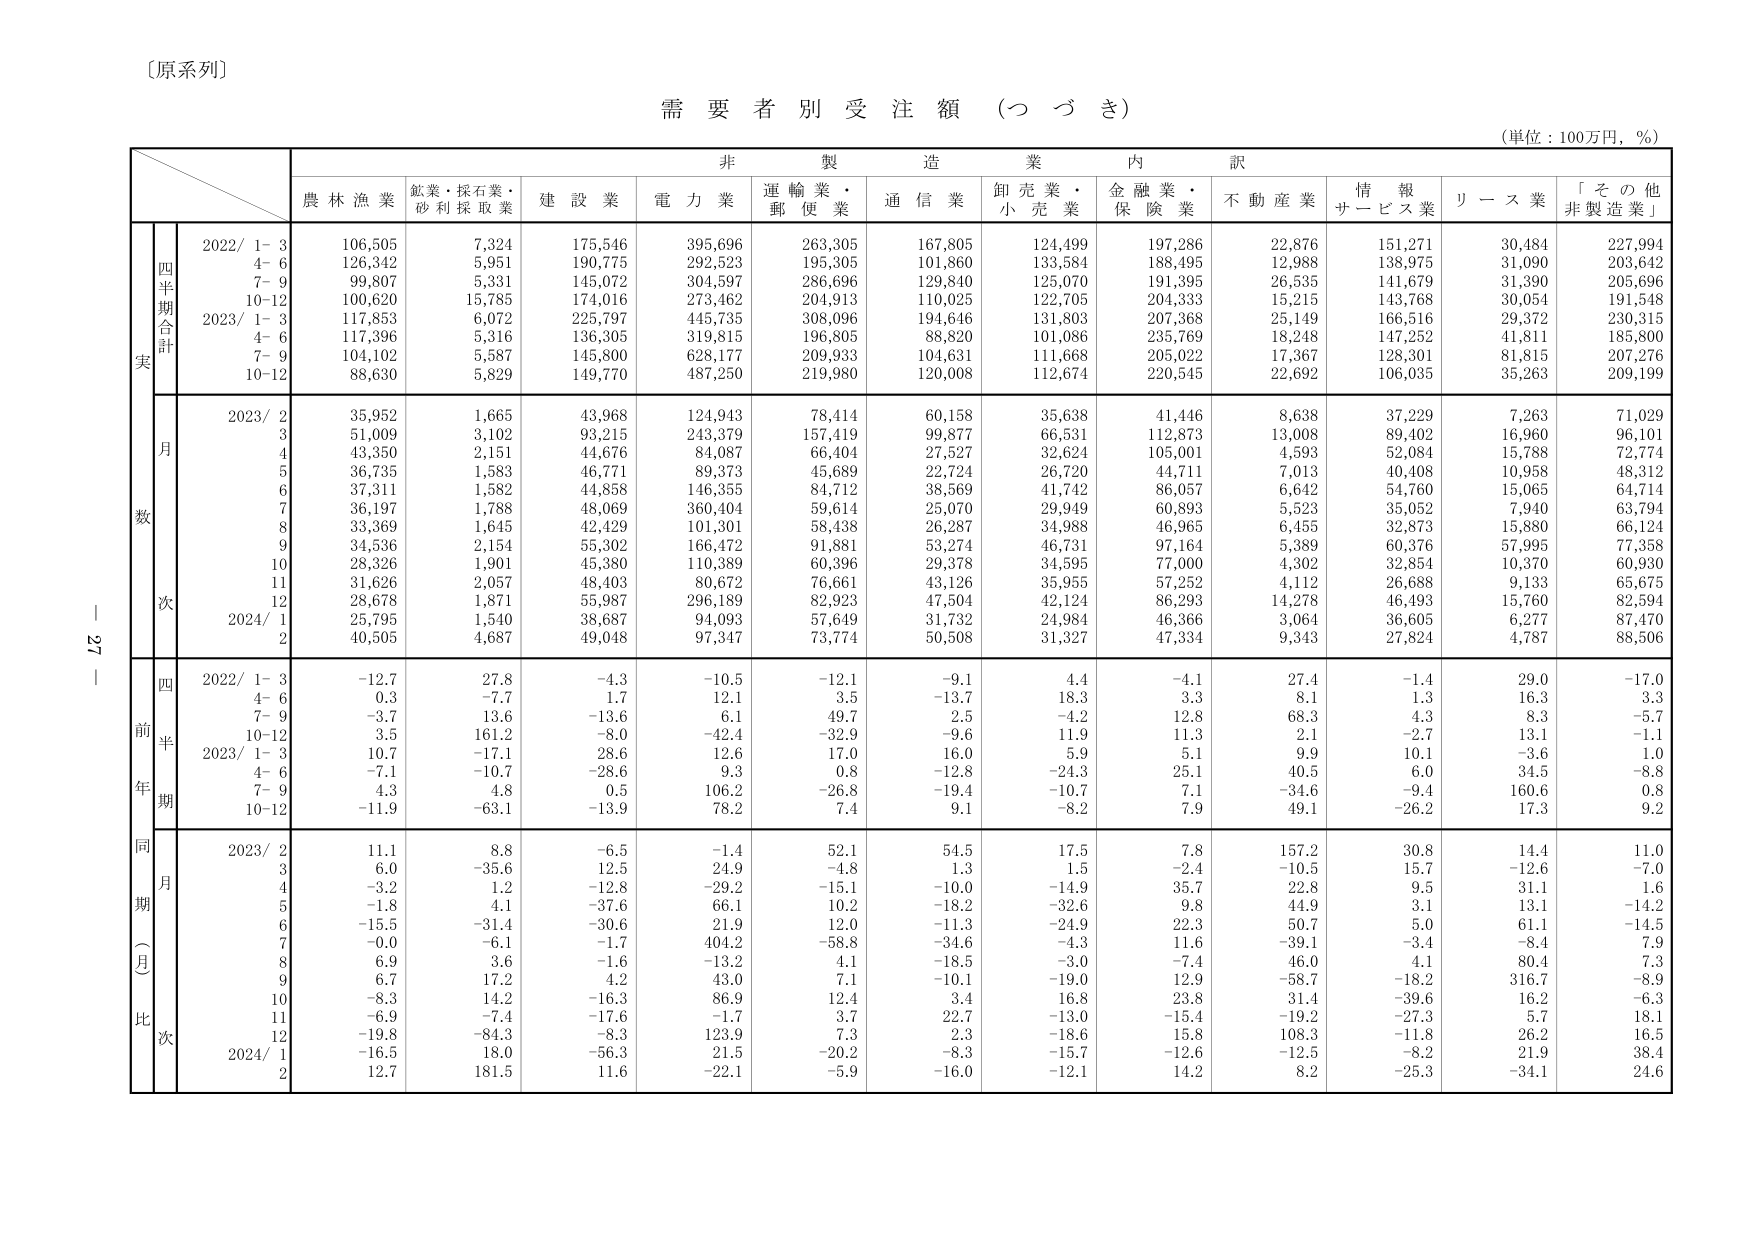
〔原系列〕

需要者別受注額（つづき）

（単位：100万円，％）

非製造業内訳

農林漁業　鉱業・採石業・砂利採取業　建設業　電力業　運輸業・郵便業　通信業　卸売業・小売業　金融業・保険業　不動産業　情報サービス業　リース業　「その他非製造業」

四半期合計
実
2022/ 1-3　106,505　7,324　175,546　395,696　263,305　167,805　124,499　197,286　22,876　151,271　30,484　227,994
　　　4-6　126,342　5,951　190,775　292,523　195,305　101,860　133,584　188,495　12,988　138,975　31,090　203,642
　　　7-9　99,807　5,331　145,072　304,597　286,696　129,840　125,070　191,395　26,535　141,679　31,390　205,696
　　　10-12　100,620　15,785　174,016　273,462　204,913　110,025　122,705　204,333　15,215　143,768　30,054　191,548
2023/ 1-3　117,853　6,072　225,797　445,735　308,096　194,646　131,803　207,368　25,149　166,516　29,372　230,315
　　　4-6　117,396　5,316　136,305　319,815　196,805　88,820　101,086　235,769　18,248　147,252　41,811　185,800
　　　7-9　104,102　5,587　145,800　628,177　209,933　104,631　111,668　205,022　17,367　128,301　81,815　207,276
　　　10-12　88,630　5,829　149,770　487,250　219,980　120,008　112,674　220,545　22,692　106,035　35,263　209,199

月数
2023/ 2　35,952　1,665　43,968　124,943　78,414　60,158　35,638　41,446　8,638　37,229　7,263　71,029
　　　3　51,009　3,102　93,215　243,379　157,419　99,877　66,531　112,873　13,008　89,402　16,960　96,101
　　　4　43,350　2,151　44,676　84,087　66,404　27,527　32,624　105,001　4,593　52,084　15,788　72,774
　　　5　36,735　1,583　46,771　89,373　45,689　22,724　26,720　44,711　7,013　40,408　10,958　48,312
　　　6　37,311　1,582　44,858　146,355　84,712　38,569　41,742　86,057　6,642　54,760　15,065　64,714
　　　7　36,197　1,788　48,069　360,404　59,614　25,070　29,949　60,893　5,523　35,052　7,940　63,794
　　　8　33,369　1,645　42,429　101,301　58,438　26,287　34,988　46,965　6,455　32,873　15,880　66,124
　　　9　34,536　2,154　55,302　166,472　91,881　53,274　46,731　97,164　5,389　60,376　57,995　77,358
　　　10　28,326　1,901　45,380　110,389　60,396　29,378　34,595　77,000　4,302　32,854　10,370　60,930
　　　11　31,626　2,057　48,403　80,672　76,661　43,126　35,955　57,252　4,112　26,688　9,133　65,675
　　　12　28,678　1,871　55,987　296,189　82,923　47,504　42,124　86,293　14,278　46,493　15,760　82,594
2024/ 1　25,795　1,540　38,687　94,093　57,649　31,732　24,984　46,366　3,064　36,605　6,277　87,470
　　　2　40,505　4,687　49,048　97,347　73,774　50,508　31,327　47,334　9,343　27,824　4,787　88,506

四半期
前年比
2022/ 1-3　-12.7　27.8　-4.3　-10.5　-12.1　-9.1　4.4　-4.1　27.4　-1.4　29.0　-17.0
　　　4-6　-0.3　-7.7　1.7　12.1　3.5　-13.7　18.3　3.3　8.1　1.3　16.3　3.3
　　　7-9　-3.7　13.6　-13.6　6.1　49.7　2.5　-4.2　12.8　68.3　4.3　8.3　-5.7
　　　10-12　3.5　161.2　-8.0　-42.4　-32.9　-9.6　11.9　11.3　2.1　-2.7　13.1　-1.1
2023/ 1-3　10.7　-17.1　28.6　12.6　17.0　16.0　5.9　5.1　9.9　10.1　-3.6　1.0
　　　4-6　-7.1　-10.7　-28.6　9.3　0.8　-12.8　-24.3　25.1　40.5　6.0　34.5　-8.8
　　　7-9　4.3　4.8　0.5　106.2　-26.8　-19.4　-10.7　7.1　-34.6　-9.4　160.6　0.8
　　　10-12　-11.9　-63.1　-13.9　78.2　7.4　9.1　-8.2　7.9　49.1　-26.2　17.3　9.2

同期（月）比
2023/ 2　11.1　8.8　-6.5　-1.4　52.1　54.5　17.5　7.8　157.2　30.8　14.4　11.0
　　　3　6.0　-35.6　12.5　24.9　-4.8　1.3　1.5　-2.4　-10.5　15.7　-12.6　-7.0
　　　4　-3.2　1.2　-12.8　-29.2　-15.1　-10.0　-14.9　35.7　22.8　9.5　31.1　1.6
　　　5　-1.8　4.1　-37.6　66.1　10.2　-18.2　-32.6　9.8　44.9　3.1　13.1　-14.2
　　　6　-15.5　-31.4　-30.6　21.9　12.0　-11.3　-24.9　22.3　50.7　5.0　61.1　-14.5
　　　7　-0.0　-6.1　-1.7　404.2　-58.8　-34.6　-4.3　11.6　-39.1　-3.4　-8.4　7.9
　　　8　6.9　3.6　-1.6　-13.2　4.1　-18.5　-3.0　-7.4　46.0　4.1　80.4　7.3
　　　9　6.7　17.2　4.2　43.0　7.1　-10.1　-19.0　12.9　-58.7　-18.2　316.7　-8.9
　　　10　-8.3　14.2　-16.3　86.9　12.4　3.4　16.8　23.8　31.4　-39.6　16.2　-6.3
　　　11　-6.9　-7.4　-17.6　-1.7　3.7　22.7　-13.0　-15.4　-19.2　-27.3　5.7　18.1
　　　12　-19.8　-84.3　-8.3　123.9　7.3　2.3　-18.6　15.8　108.3　-11.8　26.2　16.5
2024/ 1　-16.5　18.0　-56.3　21.5　-20.2　-8.3　-15.7　-12.6　-12.5　-8.2　21.9　38.4
　　　2　12.7　181.5　11.6　-22.1　-5.9　-16.0　-12.1　14.2　8.2　-25.3　-34.1　24.6

－ 27 －